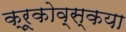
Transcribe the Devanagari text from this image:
क्रूकोव्स्कया